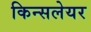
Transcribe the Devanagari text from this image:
किन्सलेयर